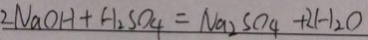
2 N a O H + H _ { 2 } S O _ { 4 } = N a _ { 2 } S O _ { 4 } + 2 H _ { 2 } O